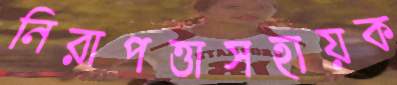
নিরাপত্তাসহায়ক